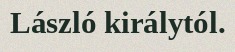
László királytól.